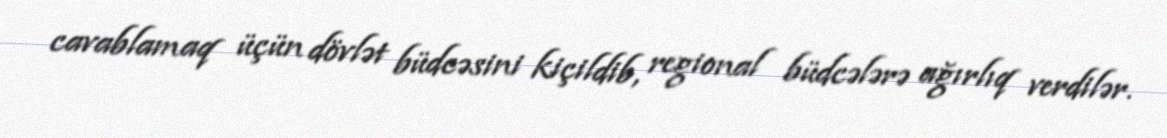
cavablamaq üçün dövlət büdcəsini kiçildib, regional büdcələrə ağırlıq verdilər.